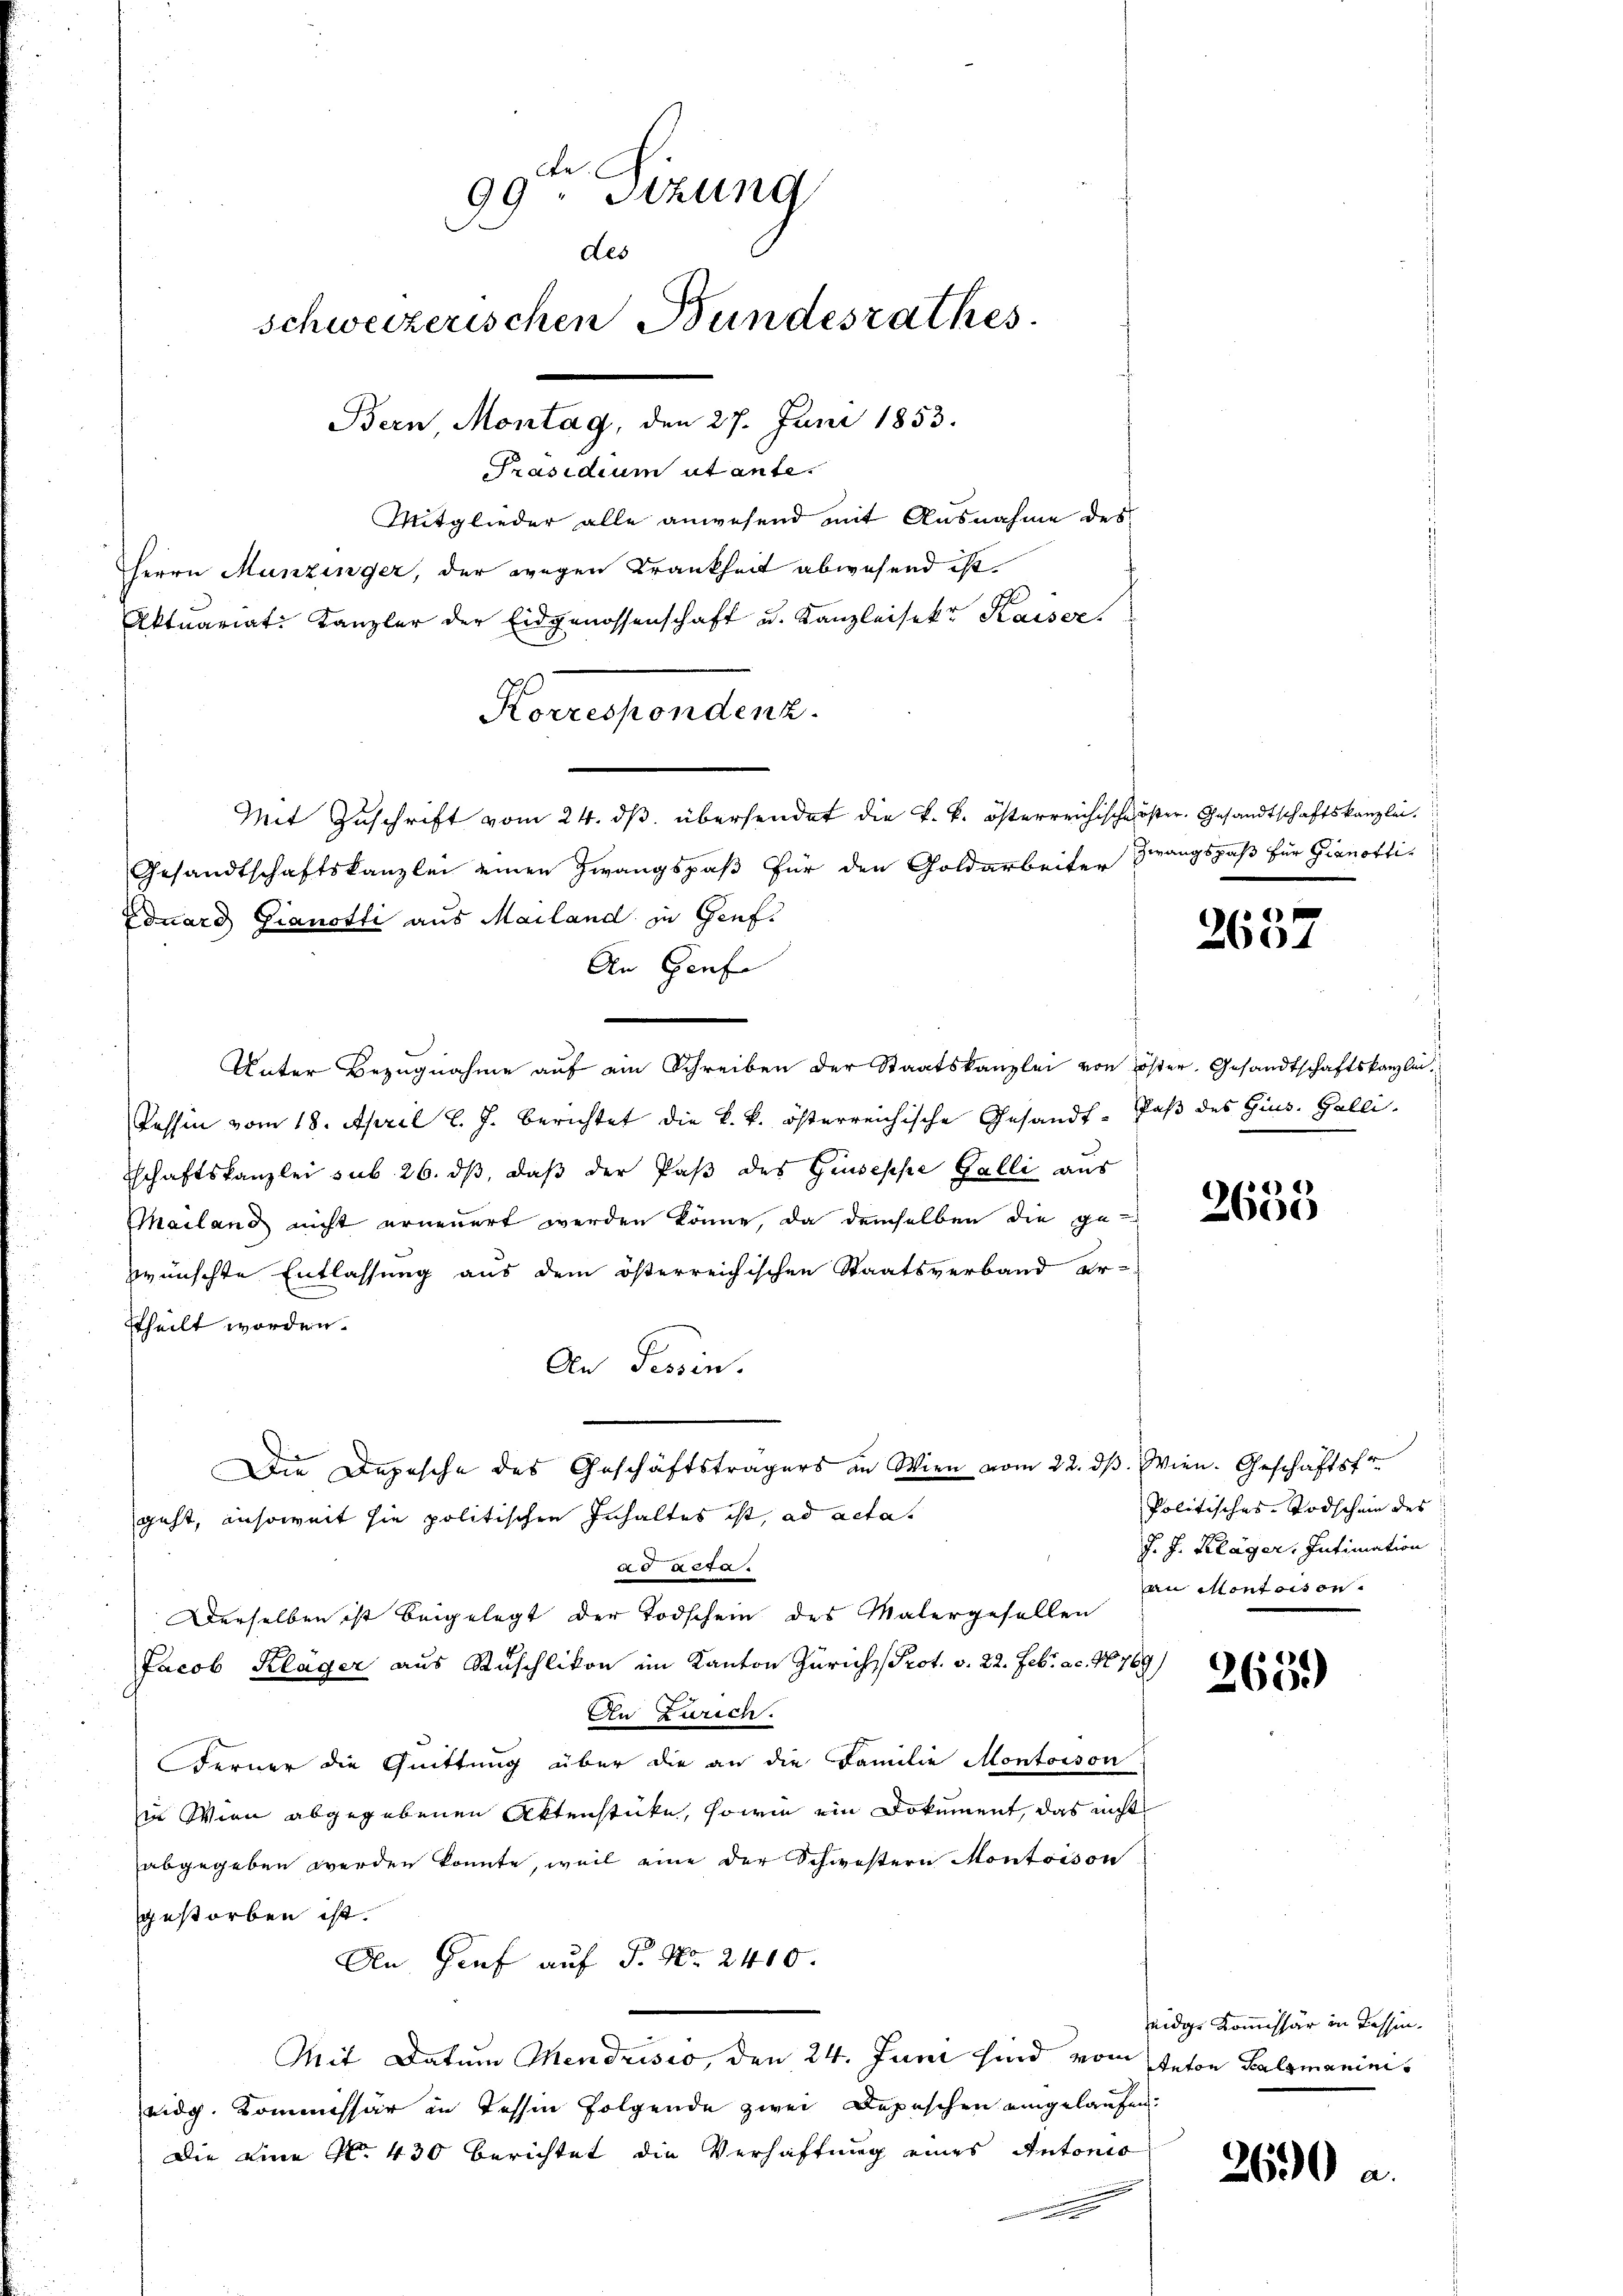
99. Sitzung
des
schweizerischen Bundesrathes.
.
Bern Montag, den 27. Juni 1853.
Präsidium ut ante.
Mitglieder alle anwesend mit Ausnahme des
Herrn Munzinger, der wegen Krankheit abwesend ist.

Aktuariat Kanzler der Eidgenossenschaft u. Kanzleisekt Kaiser.
Korrespondenz.
Mit Zuschrift vom 24. dβ übersendet die k. k. österreichische öster. Gesandtschaftskanzlei.
Gesandtschaftskanzlei einen Zwangspaß für den Goldarbeiter
Eduard Gianotti aus Mailand in Genf.
An Genfe
Unter Bezugnahme auf ein Schreiben der Staatskanzlei von öster Gesandtschaftskanzlei¬
Tessin vom 18. April l. J. berichtet die k. k. österreichische Gesandt- Paß des Hins. Galli-
schaftskanzlei sub 26. ds, daß der Paß des Giuseppe Galli aus
Mailand nicht erneuert werden könne, da demselben die ge-
wünschte Entlassung aus dem österreichischen Staatsverband er-
ttheilt worden.
An Tessin.
Die Depesche des Geschäftsträgers in Wien vom 22. dβ. Wien. Geschäftsf
geht, insoweit sie politischen Inhaltes ist, ad acta.
 553.
Derselben ist beigelegt der Todschein des Malergesellen
Jacob Kläger aus Ruschlikon im Kanton Zürich, Prot. v. 22. Febr. ac. 10769)
An Zürich.
Ferner die Quittung über die an die Familie Montoison
in Wien abgegebenen Aktenstücke, sowie ein Dokument, das nicht
abgegeben werden konnte, weil eine der Schwestern Montoison
gestorben ist.
An Graf auf S. Nr. 2410.
Mit Datum Mendrisio, den 24. Juni sind vom Anton Halsmaninieidg. Kommissär in Tessin folgende zwei Depeschen eingelaufen.
Die eine No 430 berichtet die Verhaftung eines Antonio
n

Zwangspaß für Pianotti¬

2637

2633

d
Politisches Todschein des
J. J. Kläger, Intimation
an Montaison.

265.

eidge Kommissär in Tessin¬

2690